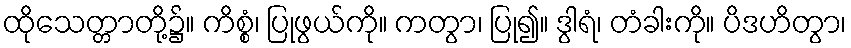
ထိုသေတ္တာတို့၌။ ကိစ္စံ၊ ပြုဖွယ်ကို။ ကတွာ၊ ပြု၍။ ဒွါရံ၊ တံခါးကို။ ပိဒဟိတွာ၊